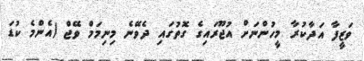
ވަޒީފާ އަދާކުރާ މީހުންނަށް އުޖޫރައިގެ ގޮތުގައި ދެވޭނެ މިނިމަމް ވޭޖް (އެންމެ ކުޑަ